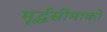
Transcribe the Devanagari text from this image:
मूर्द्धसीमाको